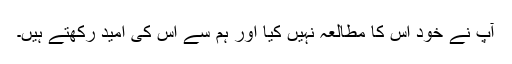
آپ نے خود اس کا مطالعہ نہیں کیا اور ہم سے اس کی امید رکھتے ہیں۔